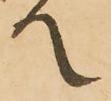
て